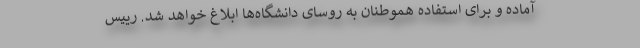
آماده و برای استفاده هموطنان به روسای دانشگاه‌ها ابلاغ خواهد شد. رییس